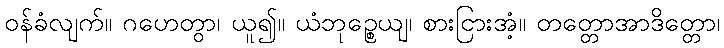
ဝန်ခံလျက်။ ဂဟေတွာ၊ ယူ၍။ ယံဘုဉ္စေယျ၊ စားငြားအံ့။ တတ္တောအာဒိတ္တော၊